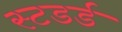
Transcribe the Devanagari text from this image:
स्टडर्ड